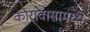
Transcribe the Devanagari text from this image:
कारावासामध्ये